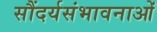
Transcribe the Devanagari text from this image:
सौंदर्यसंभावनाओं